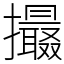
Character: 𢸶